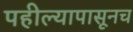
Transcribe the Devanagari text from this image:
पहील्यापासूनच